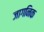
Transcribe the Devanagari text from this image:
जागनिक